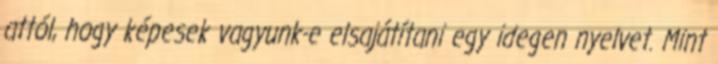
attól, hogy képesek vagyunk-e elsajátítani egy idegen nyelvet. Mint